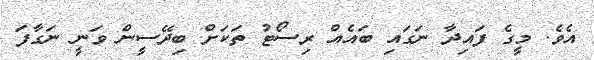
އެވެ. މީގެ ފައިދާ ނަގައި ބައެއް ރިސޯޓު ތަކަށް ބިދޭސީން ވަނީ ނަގާފަ